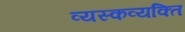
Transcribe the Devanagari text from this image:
व्यस्कव्यक्ति